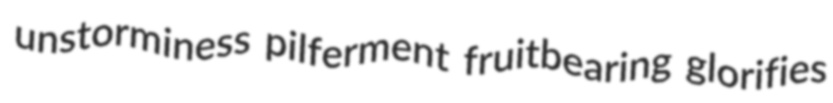
unstorminess pilferment fruitbearing glorifies